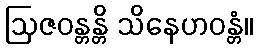
ဩဇဝန္တန္တိ သိနေဟဝန္တံ။